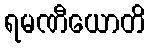
ရမဏီယောတိ